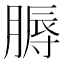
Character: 𦞹